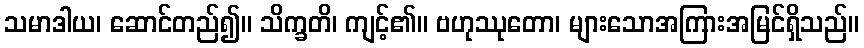
သမာဒါယ၊ ဆောင်တည်၍။ သိက္ခတိ၊ ကျင့်၏။ ဗဟုဿုတော၊ များသောအကြားအမြင်ရှိသည်။